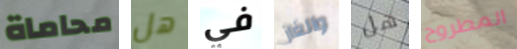
محاماة هل في والغاز هل المطروح